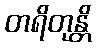
တရိတုန္တိ